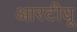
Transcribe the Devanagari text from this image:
आरटीयू